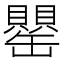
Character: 罌